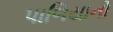
પાળિયાનો